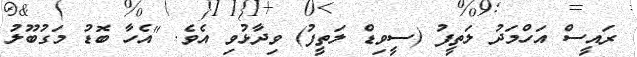
ރައީސް އަހްމަދު ލަތީފު (ސީވިޑް ލަތީފު) ވިދާޅުވި އެވެ. "އެހާ ބޮޑު މަގުބޫލު